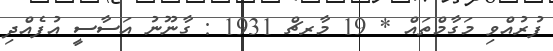
ފުރުއްވި މަގާމްތައް * 19 މާރޗް 1931 : ގާނޫނު އަސާސީ އުފެއްދި